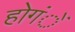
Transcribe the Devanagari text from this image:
होगंें